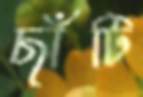
ছাঁটি